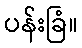
ပန်းခြံ။